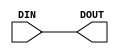

`ifdef BSV_ASSIGNMENT_DELAY
`else
`define BSV_ASSIGNMENT_DELAY
`endif


module SyncWire( DIN, DOUT );

   parameter width = 1;
            
   input [width - 1 : 0]    DIN;
   output [width - 1 : 0]   DOUT;

   assign                   DOUT = DIN ;
   

endmodule